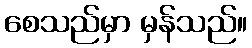
စေသည်မှာ မှန်သည်။